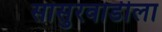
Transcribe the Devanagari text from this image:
सासुरवाडीला